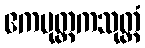
ဧကပုတ္တကသုတ္တံ